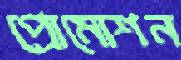
প্রোমোশন